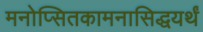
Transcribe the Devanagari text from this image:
मनोप्सितकामनासिद्धयर्थं